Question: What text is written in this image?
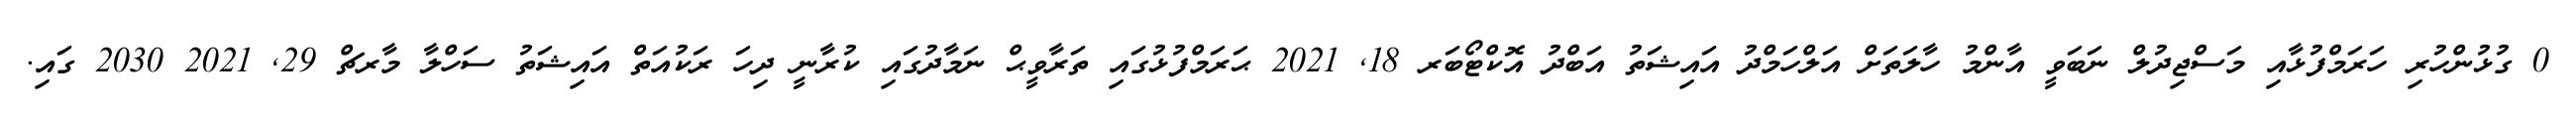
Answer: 0 ގުޅުންހުރި ހަރަމްފުޅާއި މަސްޖިދުލް ނަބަވީ އާންމު ހާލަތަށް އަލްހަމްދު އައިޝަތު އަބްދު އޮކްޓޯބަރ 18, 2021 ޙަރަމްފުޅުގައި ތަރާވީޙް ނަމާދުގައި ކުރާނީ ދިހަ ރަކުއަތް އައިޝަތު ސަހްލާ މާރޗް 29, 2021 2030 ގައި.